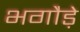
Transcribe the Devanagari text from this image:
भगौड़े